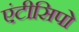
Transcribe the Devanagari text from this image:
एंटीसिपो